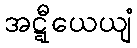
အဋ္ဋီယေယျံ